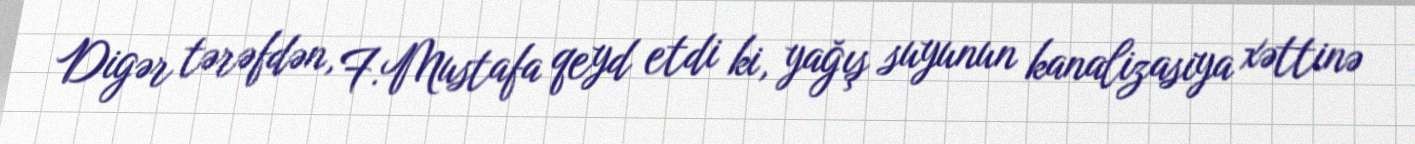
Digər tərəfdən, F.Mustafa qeyd etdi ki, yağış suyunun kanalizasiya xəttinə